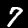
Label: 7